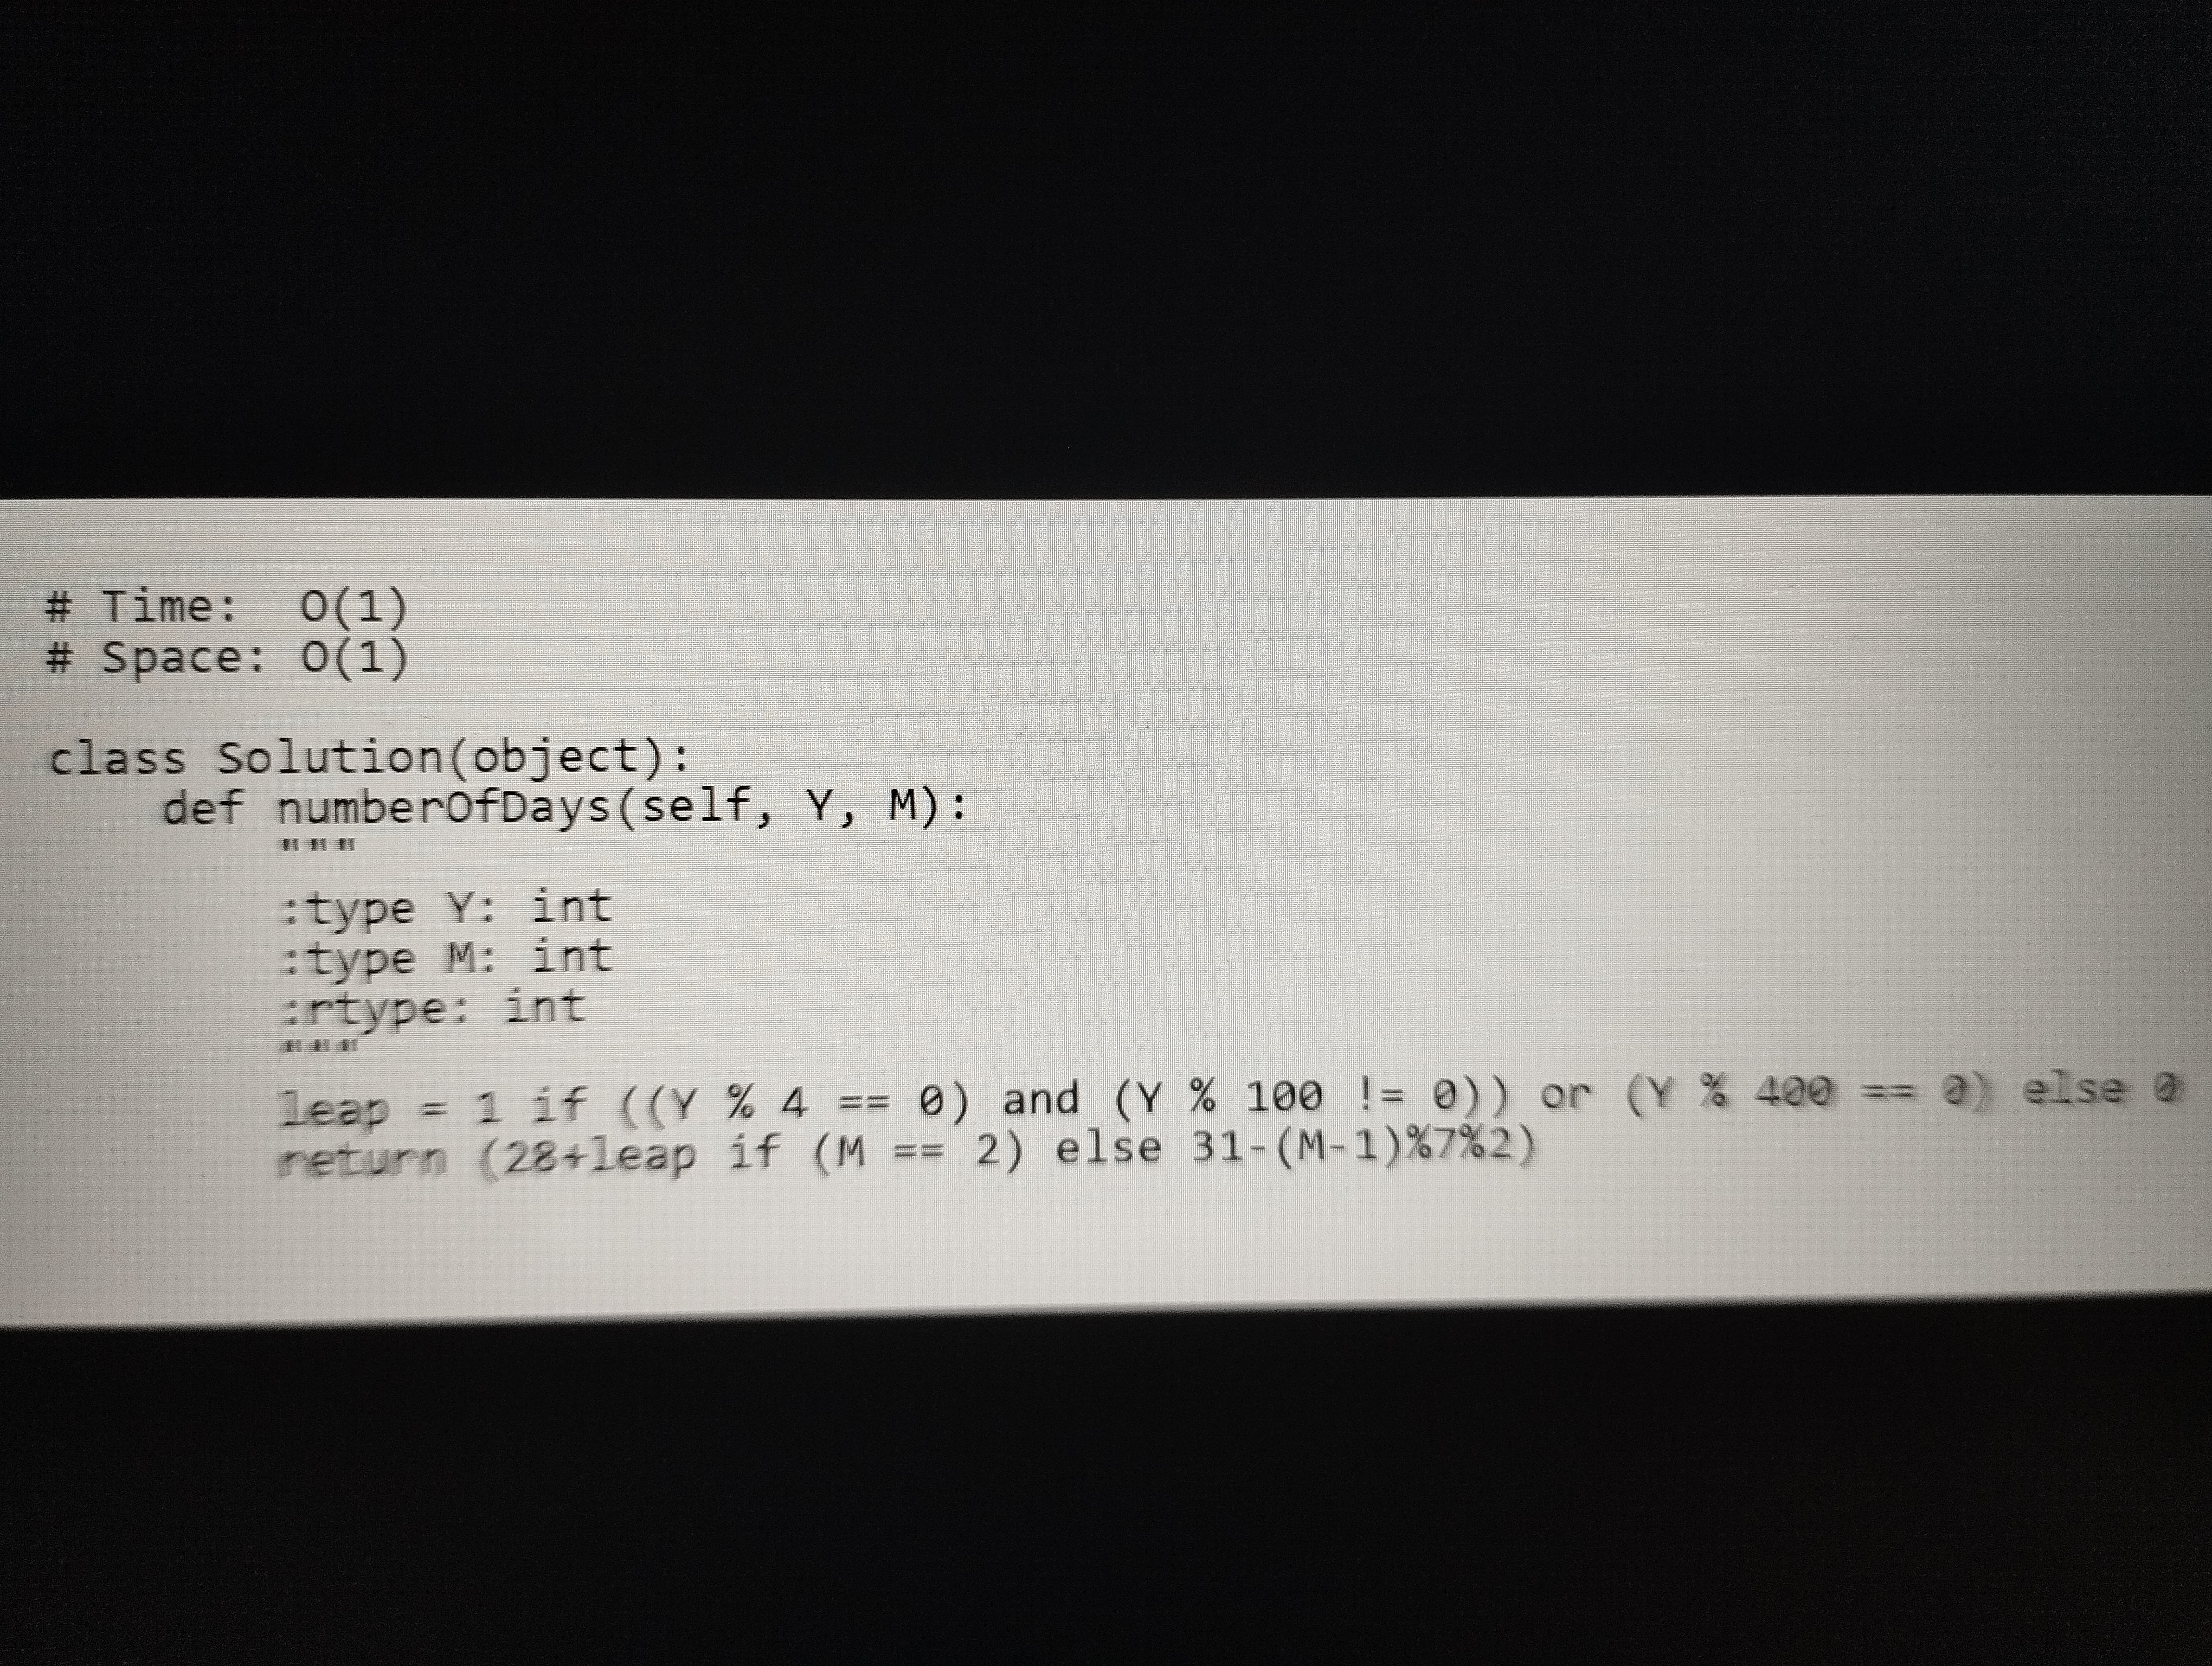
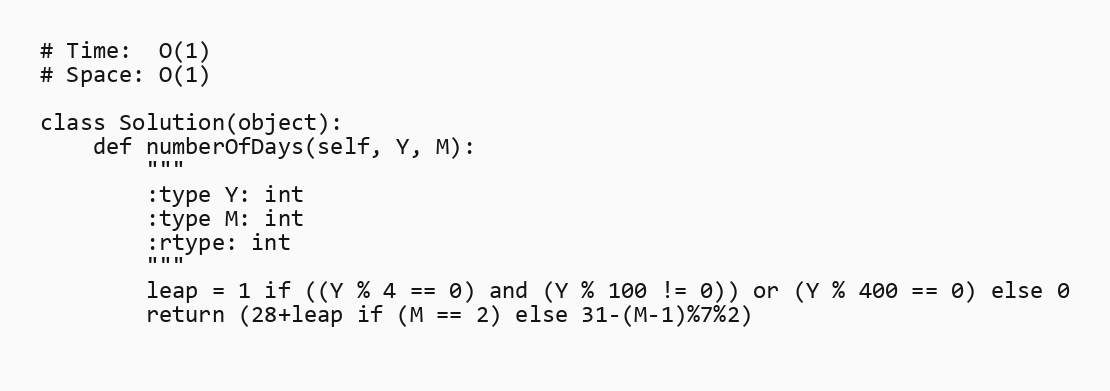
# Time:  O(1)
# Space: O(1)

class Solution(object):
    def numberOfDays(self, Y, M):
        """
        :type Y: int
        :type M: int
        :rtype: int
        """
        leap = 1 if ((Y % 4 == 0) and (Y % 100 != 0)) or (Y % 400 == 0) else 0
        return (28+leap if (M == 2) else 31-(M-1)%7%2)